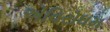
એવિરોધમ